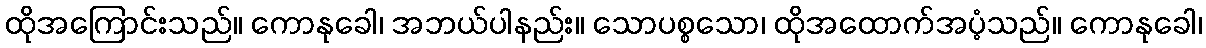
ထိုအကြောင်းသည်။ ကောနုခေါ၊ အဘယ်ပါနည်း။ သောပစ္စသော၊ ထိုအထောက်အပံ့သည်။ ကောနုခေါ၊